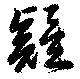
疑